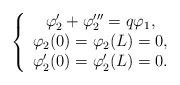
LaTeX: \begin{align*}\left\{\begin{array}[c]{c}\varphi_2'+\varphi_2'''=q\varphi_1,\\\varphi_2(0)=\varphi_2(L)=0,\\\varphi_2'(0)=\varphi_2'(L)=0.\end{array}\right.\end{align*}